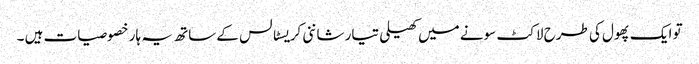
تو ایک پھول کی طرح لاکٹ سونے میں کھیلی تیار شاننی کریسٹالس کے ساتھ یہ ہار خصوصیات ہیں ۔